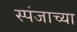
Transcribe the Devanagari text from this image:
स्पंजाच्या